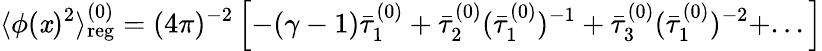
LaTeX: \langle\phi(\mathit{x})^{2}\rangle_{\mathrm{{reg}}}^{(0)}=(4\pi)^{-2}\left[-(\gamma-1)\bar{{\tau}}_{1}^{(0)}+\bar{{\tau}}_{2}^{(0)}(\bar{{\tau}}_{1}^{(0)})^{-1}+\bar{{\tau}}_{3}^{(0)}(\bar{{\tau}}_{1}^{(0)})^{-2}+...\right]